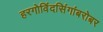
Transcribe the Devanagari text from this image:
हरगोविंदसिंगांबरोबर